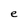
Character: e